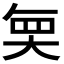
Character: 𭑒